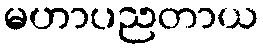
မဟာပညတာယ